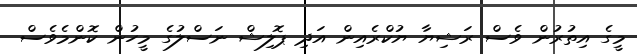
މީގެ އިތުރުން ވެސް ރަޝިޔާ ޔުކްރެއިން އަދި ޕޮލިޝް ނަސްލުގެ މީހުން ކޮންމެވެސް